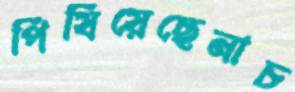
পিষিয়েছেনাচ